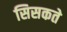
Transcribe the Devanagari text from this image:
सिसकते